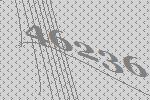
46236